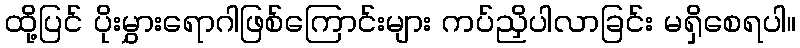
ထို့ပြင် ပိုးမွှားရောဂါဖြစ်ကြောင်းများ ကပ်ညှိပါလာခြင်း မရှိစေရပါ။